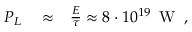
\begin{array} { r l r } { P _ { L } } & { { } \approx } & { \frac { E } { \tau } \approx 8 \cdot 1 0 ^ { 1 9 } \, \mathrm { ~ W ~ } \, , } \end{array}